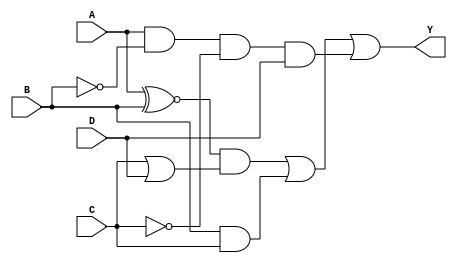
module kmap_4var (
    input wire A,       // Input variable A
    input wire B,       // Input variable B
    input wire C,       // Input variable C
    input wire D,       // Input variable D
    output wire Y       // Output variable Y
);

    // Define the K-map output based on the given minterms.
    // Update the output logic based on the desired minterms.
    // Example: Y = m(1, 3, 5, 7, 13) 
    assign Y = (A ~^ B) & (C | D) |  // Grouping terms based on minterms
               (B & C) |             // Combining terms
               (A & ~B & ~C & D);    // This is an example; modify based on your K-map

endmodule